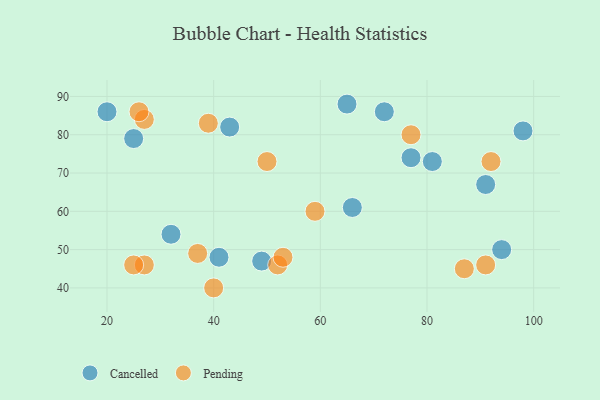
{"axis": {"x": "GDP", "y": "Life Expectancy"}, "legend": ["Cancelled", "Pending"], "data": [{"x": "25", "y": 79, "type": "Cancelled"}, {"x": "98", "y": 81, "type": "Cancelled"}, {"x": "20", "y": 86, "type": "Cancelled"}, {"x": "65", "y": 88, "type": "Cancelled"}, {"x": "32", "y": 54, "type": "Cancelled"}, {"x": "94", "y": 50, "type": "Cancelled"}, {"x": "91", "y": 67, "type": "Cancelled"}, {"x": "66", "y": 61, "type": "Cancelled"}, {"x": "72", "y": 86, "type": "Cancelled"}, {"x": "81", "y": 73, "type": "Cancelled"}, {"x": "43", "y": 82, "type": "Cancelled"}, {"x": "41", "y": 48, "type": "Cancelled"}, {"x": "49", "y": 47, "type": "Cancelled"}, {"x": "77", "y": 74, "type": "Cancelled"}, {"x": "91", "y": 46, "type": "Pending"}, {"x": "27", "y": 46, "type": "Pending"}, {"x": "52", "y": 46, "type": "Pending"}, {"x": "87", "y": 45, "type": "Pending"}, {"x": "50", "y": 73, "type": "Pending"}, {"x": "37", "y": 49, "type": "Pending"}, {"x": "25", "y": 46, "type": "Pending"}, {"x": "27", "y": 84, "type": "Pending"}, {"x": "26", "y": 86, "type": "Pending"}, {"x": "40", "y": 40, "type": "Pending"}, {"x": "77", "y": 80, "type": "Pending"}, {"x": "59", "y": 60, "type": "Pending"}, {"x": "39", "y": 83, "type": "Pending"}, {"x": "53", "y": 48, "type": "Pending"}, {"x": "92", "y": 73, "type": "Pending"}]}